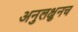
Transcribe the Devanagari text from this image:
अनुलक्षुनच